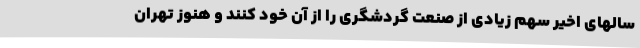
سالهای اخیر سهم زیادی از صنعت گردشگری را از آن خود کنند و هنوز تهران